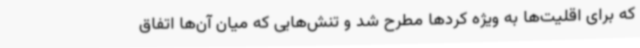
که برای اقلیت‌ها به ویژه کردها مطرح شد و تنش‌هایی که میان آن‌ها اتفاق